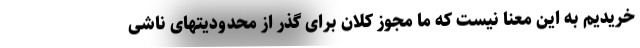
خریدیم به این معنا نیست که ما مجوز کلان برای گذر از محدودیتهای ناشی